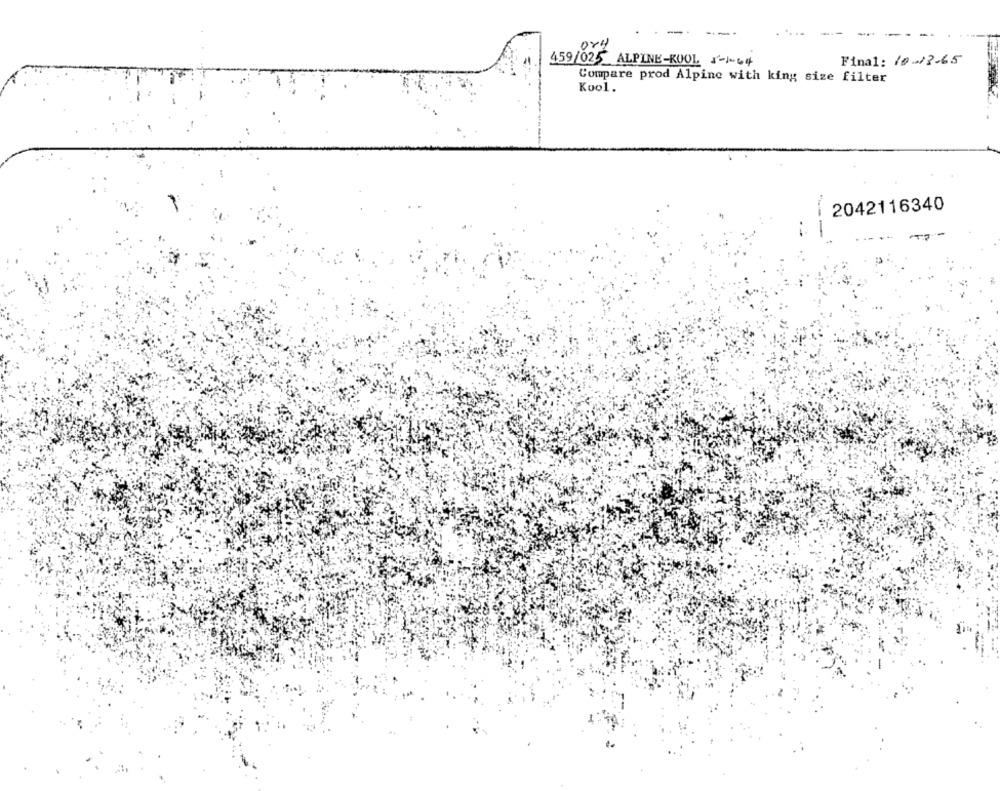
-
---
-
459/025 ALPINE-KOOL 5-1-64
Final: 10-13-65
Compare prod Alpine with king size filter
Kool.
2042116340